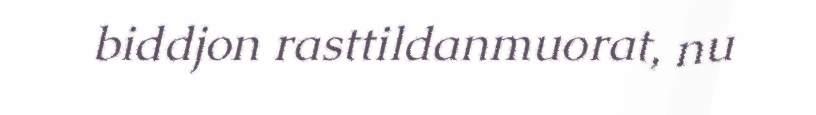
biddjon rasttildanmuorat, nu